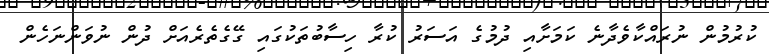
ކުރުމުން ނުރައްކާވެދާނެ ކަމަށާއި ދުމުގެ އަސަރު ކުރާ ހިސާބުތަކުގައި ގޭގެތެރެއަށް ދުން ނުވަންނަހެން